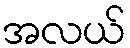
အလယ်